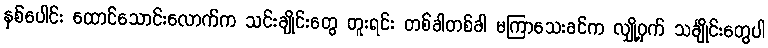
နှစ်ပေါင်း ထောင်သောင်းလောက်က သင်းချိုင်းတွေ တူးရင်း တစ်ခါတစ်ခါ မကြာသေးခင်က လျှို့ဝှက် သင်္ချိုင်းတွေပါ